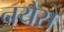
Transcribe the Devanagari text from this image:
नयेस